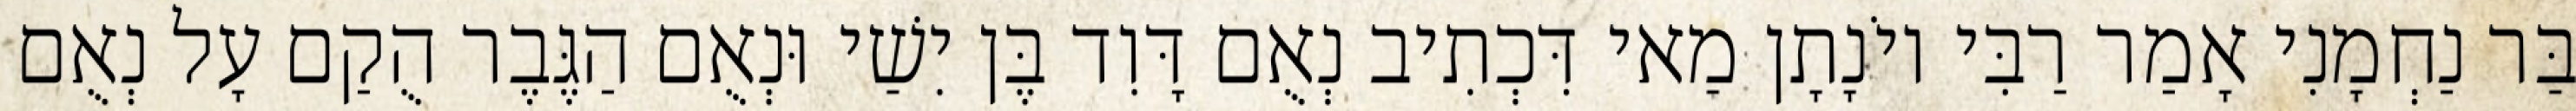
בַּר נַחְמָנִי אָמַר רַבִּי יוֹנָתָן מַאי דִּכְתִיב נְאֻם דָּוִד בֶּן יִשַׁי וּנְאֻם הַגֶּבֶר הֻקַם עָל נְאֻם